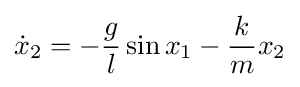
{\dot {x}}_{2}=-{\frac {g}{l}}\sin x_{1}-{\frac {k}{m}}x_{2}